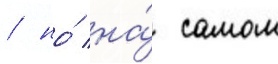
/ но́ на́ самом